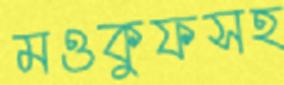
মওকুফসহ